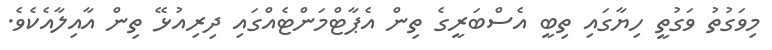
މިވަގުތު ވަގުތީ ހިޔާގައި ތިބީ އެސްބަރީގެ ތިން އެޕާޓްމަންޓެއްގައި ދިރިއުޅޭ ތިން އާއިލާއެކެވެ.